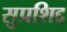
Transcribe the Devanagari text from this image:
सुप्रशिद्द